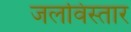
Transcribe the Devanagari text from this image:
जलविस्तार